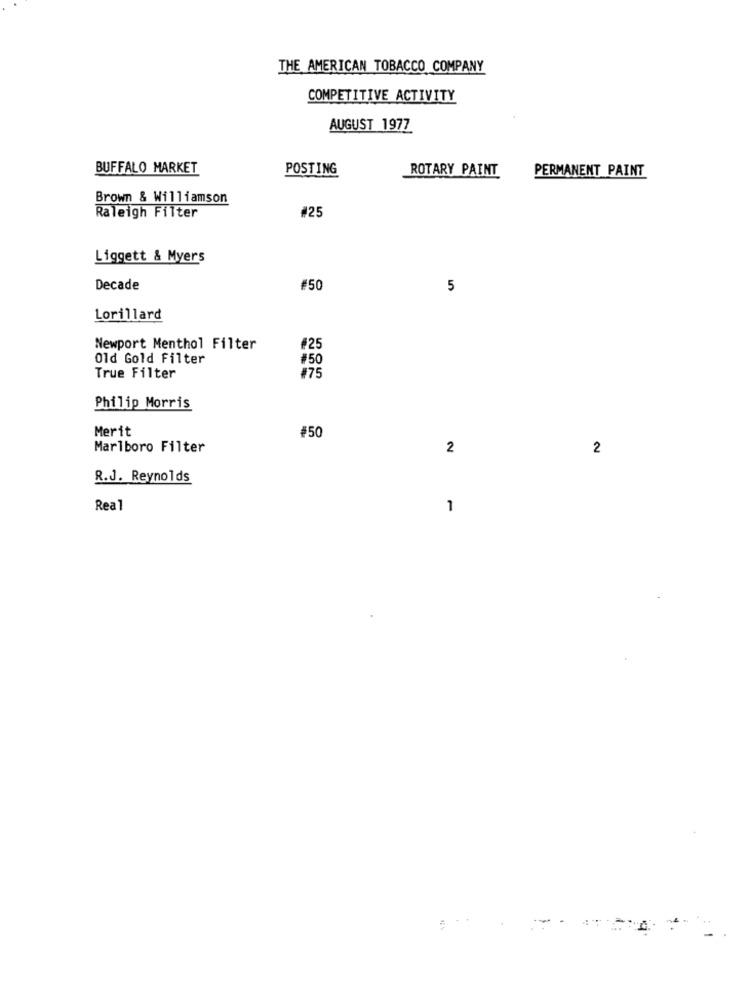
THE AMERICAN TOBACCO COMPANY
COMPETITIVE ACTIVITY
AUGUST 1977
BUFFALO MARKET
POSTING
ROTARY PAINT
PERMANENT PAINT
Brown & Williamson
#25
Raleigh Filter
Liggett & Myers
Decade
#50
5
Lorillard
Newport Menthol Filter
#25
Old Gold Filter
#50
True Filter
#75
Philip Morris
Merit
#50
Marlboro Filter
2
2
R.J. Reynolds
Real
7